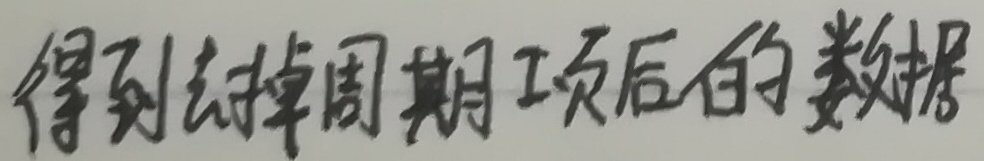
得到去掉周期项后的数据